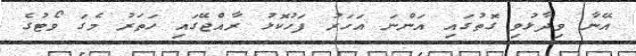
އޭނާ ވިދާޅުވި ގޮތުގައި އަންނަ އަހަރު ފަހުކޮޅު ރާއްޖޭގައި ހަތަރު މެގަ ވޯޓުގެ